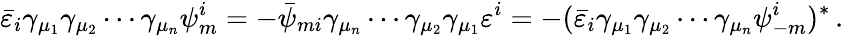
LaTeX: \bar{\varepsilon}_{i}\gamma_{\mu_{1}}\gamma_{\mu_{2}}\cdots\gamma_{\mu_{n}}\psi_{m}^{i}=-\bar{\psi}_{mi}\gamma_{\mu_{n}}\cdots\gamma_{\mu_{2}}\gamma_{\mu_{1}}\varepsilon^{i}=-(\bar{\varepsilon}_{i}\gamma_{\mu_{1}}\gamma_{\mu_{2}}\cdots\gamma_{\mu_{n}}\psi_{-m}^{i})^{*}\, .